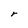
Character: r